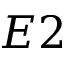
E 2